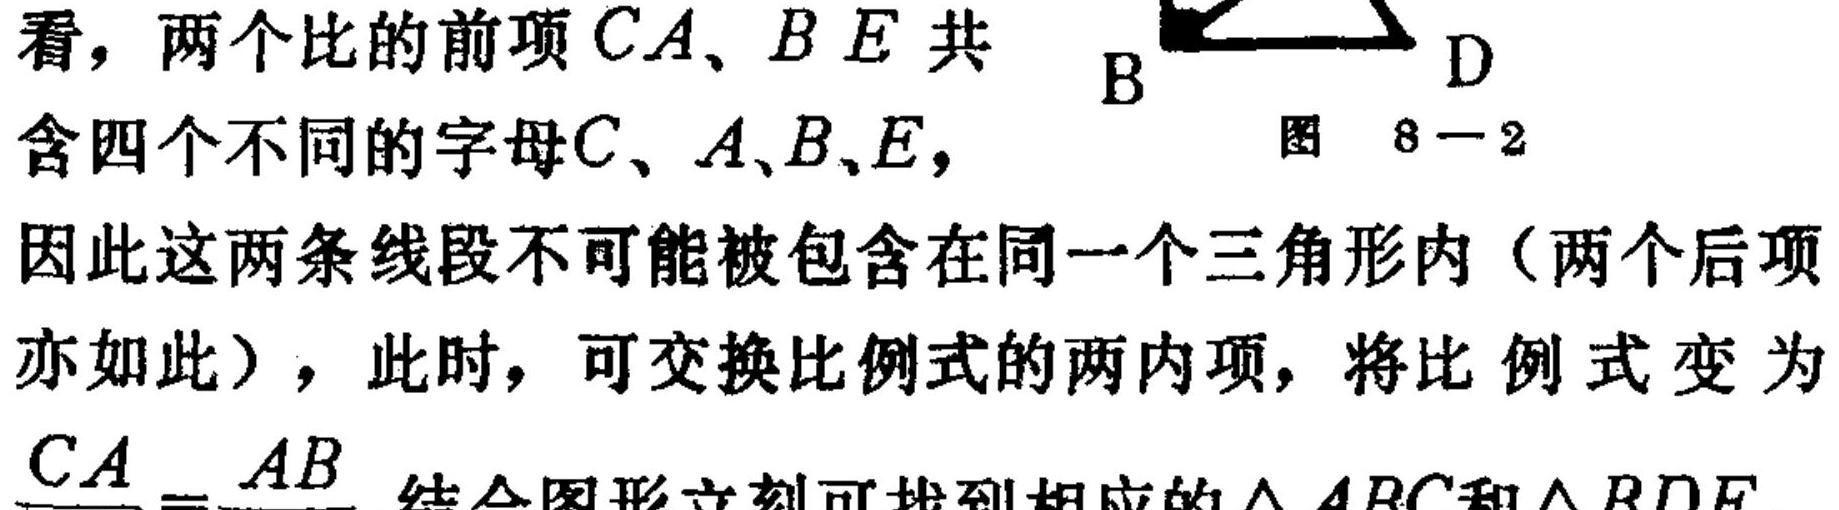
看，两个比的前项$CA、BE$共
含四个不同的字母$C、A、B、E$，
因此这两条线段不可能被包含在同一个三角形内（两个后项
亦如此），此时，可交换比例式的两内项，将比例式变为
$\dfrac{CA}{AB}=\dfrac{AB}{}$结合图形立刻可找到相应的$\triangle ABC$和$\triangle BDE$
  B$\begin{matrix}\diagup\\\ \ \ \ \ \ D\end{matrix}$
图 8 - 2